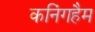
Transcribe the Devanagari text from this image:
कनिंगहैम